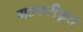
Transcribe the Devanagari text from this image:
गडकरीकृत